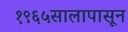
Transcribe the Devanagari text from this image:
१९६५सालापासून